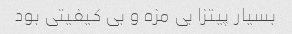
بسیار پیتزا بی مزه و بی کیفیتی بود